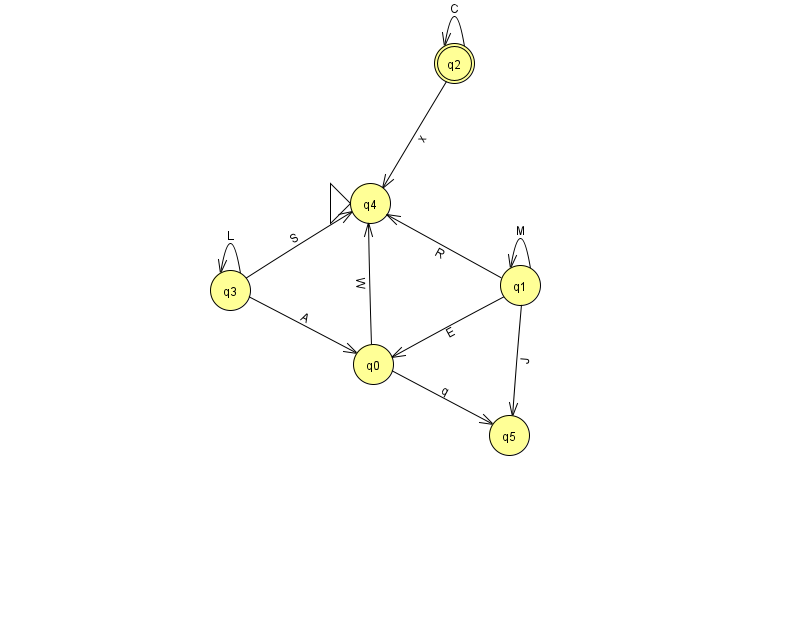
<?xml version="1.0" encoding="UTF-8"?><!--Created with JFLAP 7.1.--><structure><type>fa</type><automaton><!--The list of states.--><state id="0" name="q0"><x>373.0</x><y>351.0</y></state><state id="1" name="q1"><x>520.0</x><y>272.0</y></state><state id="2" name="q2"><x>454.0</x><y>50.0</y><final/></state><state id="3" name="q3"><x>230.0</x><y>277.0</y></state><state id="4" name="q4"><x>370.0</x><y>190.0</y><initial/></state><state id="5" name="q5"><x>509.0</x><y>422.0</y></state><!--The list of transitions.--><transition><from>2</from><to>2</to><read>C</read></transition><transition><from>3</from><to>0</to><read>A</read></transition><transition><from>1</from><to>4</to><read>R</read></transition><transition><from>1</from><to>0</to><read>E</read></transition><transition><from>1</from><to>5</to><read>J</read></transition><transition><from>3</from><to>3</to><read>L</read></transition><transition><from>1</from><to>1</to><read>M</read></transition><transition><from>0</from><to>5</to><read>q</read></transition><transition><from>2</from><to>4</to><read>x</read></transition><transition><from>3</from><to>4</to><read>S</read></transition><transition><from>0</from><to>4</to><read>W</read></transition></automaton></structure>